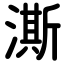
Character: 澌